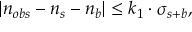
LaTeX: | n _ { o b s } - n _ { s } - n _ { b } | \leq k _ { 1 } \cdot \sigma _ { s + b } ,